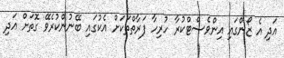
އަދި އެ ޒޯންގައި އިންވެސްޓްކުރާ ހުރިހާ ފަރާތްތަކަށް އެކުގައި ބޭނުންކުރެވޭ ގޮތަށް އަދި